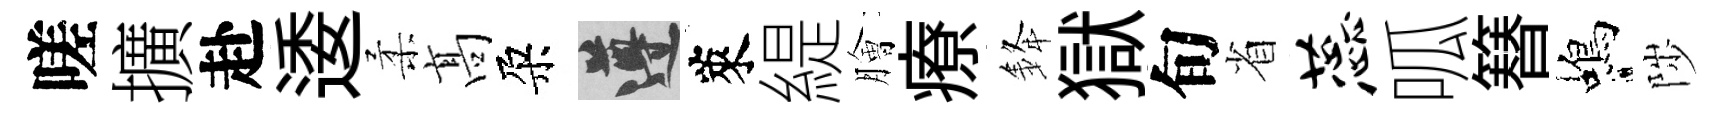
嗟擴赴逶柔髙朶遵萊緹膾療𨦟獄旬省蕊呱簮蝎陟